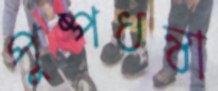
পুষ্পধন্বা